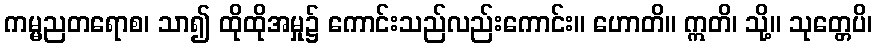
ကမ္မညတရောစ၊ သာ၍ ထိုထိုအမှု၌ ကောင်းသည်လည်းကောင်း။ ဟောတိ။ ဣတိ၊ သို့။ သုတ္တေပိ၊